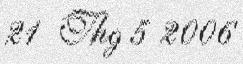
21 Thg 5 2006